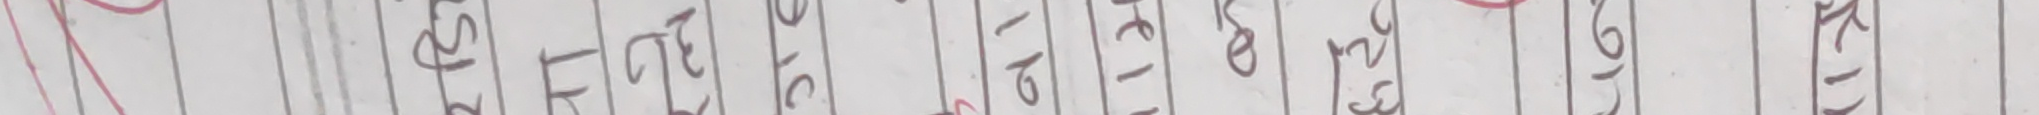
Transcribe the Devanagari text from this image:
ट्रैकिंग स २९१ टे २८३ २०० को